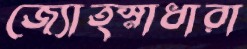
জ্যোত্স্নাধারা